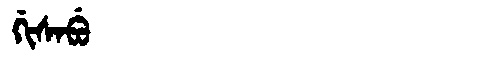
Manchu: ᡤᡳᠰᠠᠪᡠ
Romanization: GISABU